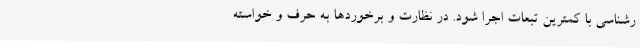
رشناسی با کمترین تبعات اجرا شود. در نظارت و برخوردها به حرف و خواسته